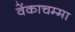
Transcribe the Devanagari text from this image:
वेंकाचम्मा